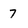
Character: 7